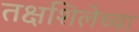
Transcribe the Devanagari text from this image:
तक्षशिलेच्या